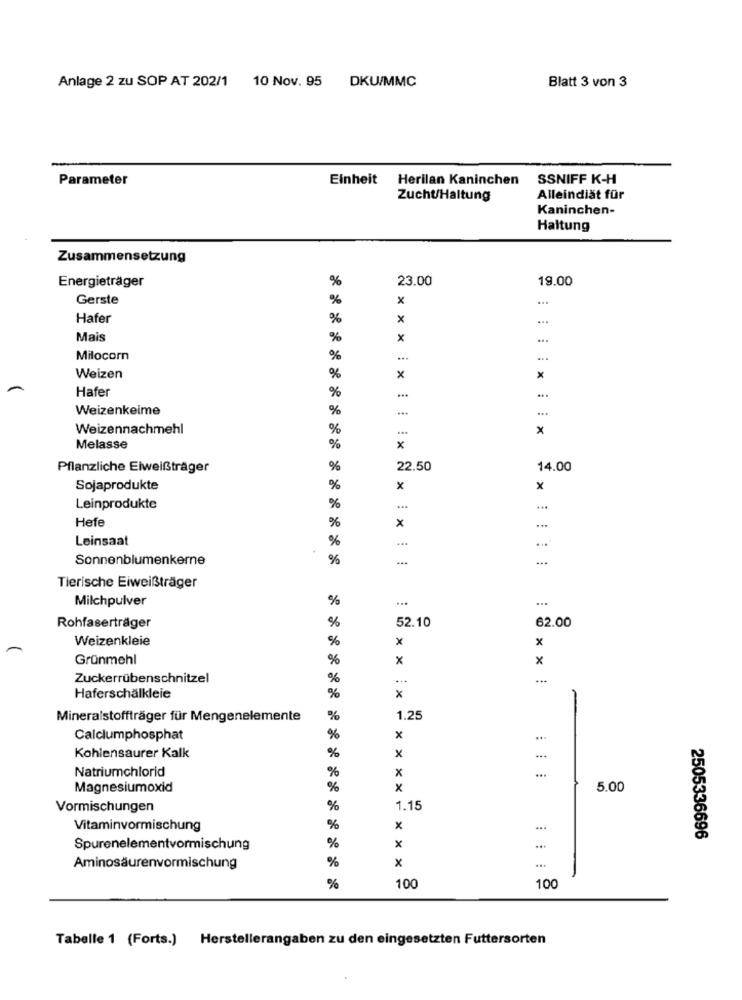
Anlage 2 zu SOP AT 202/1 10 Nov. 95 DKU/MMC
Blatt 3 von 3
Parameter
Einheit
Herilan Kaninchen
SSNIFF K-H
Zucht/Haltung
Alleindiät für
Kaninchen-
Haltung
Zusammensetzung
%
23.00
19.00
Energieträger
Gerste
%
x
Hafer
%
x
...
Mais
%
x
...
Milocorn
%
Weizen
%
x
x
Hafer
%
...
Weizenkeime
%
Weizennachmehl
%
x
Melasse
%
: X
Pflanzliche Eiweißträger
%
22.50
14.00
Sojaprodukte
%
x
x
Leinprodukte
%
...
Hefe
x
%
Leinsaat
%
...
...
Sonnenblumenkerne
%
Tierische Eiweißträger
Milchpulver
%
...
...
%
52.10
62.00
Rohfaserträger
Weizenkleie
%
x
x
Grünmehl
%
x
x
Zuckerrübenschnitzel
%
...
x
Haferschälkleie
%
Mineralstoffträger für Mengenelemente
%
1.25
Calclumphosphat
%
x
...
%
x
Kohlensaurer Kalk
Natriumchlorid
%
x
Magnesiumoxid
%
X
5.00
Vormischungen
%
1.15
Vitaminvormischung
%
x
%
2505336696
Spurenelementvormischung
X
%
x
Aminosäurenvormischung
%
100
100
Tabelle 1 (Forts.) Herstellerangaben zu den eingesetzten Futtersorten